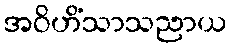
အဝိဟိံသာသညာယ